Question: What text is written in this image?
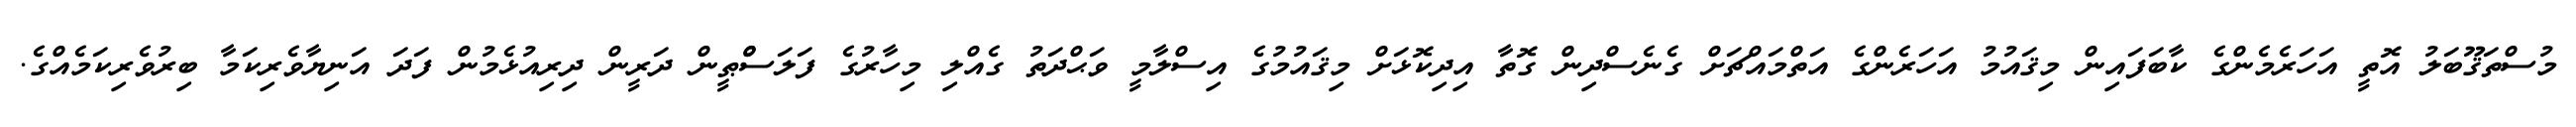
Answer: މުސްތަޤޫބަލު އޮތީ އަހަރެމެންގެ ކާބަފައިން މިޤައުމު އަހަރެންގެ އަތްމައްޗަށް ގެނެސްދިން ގޮތާ އިދިކޮޅަށް މިޤައުމުގެ އިސްލާމީ ވަޙްދަތު ގެއްލި މިހާރުގެ ފަލަސްްޠީން ދަރީން ދިރިއުޅެމުން ފަދަ އަނިޔާވެރިކަމާ ބިރުވެރިކަމެއްގެ.